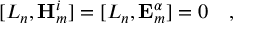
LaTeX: [ L _ { n } , \mathbf { H } _ { m } ^ { i } ] = [ L _ { n } , \mathbf { E } _ { m } ^ { \alpha } ] = 0 \quad ,